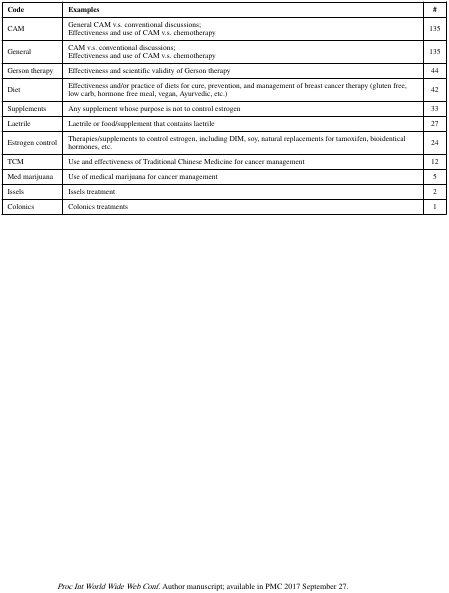
<table><thead><tr><td><b>Code</b></td><td><b>Examples</b></td><td><b>#</b></td></tr></thead><tbody><tr><td>CAM</td><td>General CAM v.s. conventional discussions;Effectiveness and use of CAM v.s. chemotherapy</td><td>135</td></tr><tr><td>General</td><td>CAM v.s. conventional discussions;Effectiveness and use of CAM v.s. chemotherapy</td><td>135</td></tr><tr><td>Gerson therapy</td><td>Effectiveness and scientific validity of Gerson therapy</td><td>44</td></tr><tr><td>Diet</td><td>Effectiveness and/or practice of diets for cure, prevention, and management of breast cancer therapy (gluten free, low carb, hormone free meal, vegan, Ayurvedic, etc.)</td><td>42</td></tr><tr><td>Supplements</td><td>Any supplement whose purpose is not to control estrogen</td><td>33</td></tr><tr><td>Laetrile</td><td>Laetrile or food/supplement that contains laetrile</td><td>27</td></tr><tr><td>Estrogen control</td><td>Therapies/supplements to control estrogen, including DIM, soy, natural replacements for tamoxifen, bioidentical hormones, etc.</td><td>24</td></tr><tr><td>TCM</td><td>Use and effectiveness of Traditional Chinese Medicine for cancer management</td><td>12</td></tr><tr><td>Med marijuana</td><td>Use of medical marijuana for cancer management</td><td>5</td></tr><tr><td>Issels</td><td>Issels treatment</td><td>2</td></tr><tr><td>Colonics</td><td>Colonics treatments</td><td>1</td></tr></tbody></table>